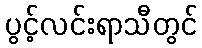
ပွင့်လင်းရာသီတွင်